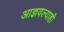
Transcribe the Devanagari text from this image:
आज्ञवल्याही